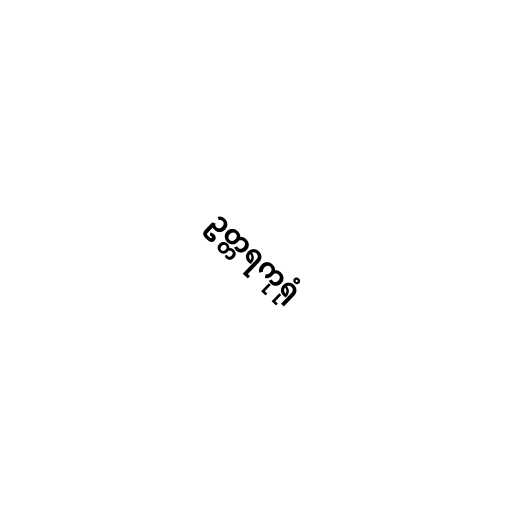
ဥတ္တရကုရုံ